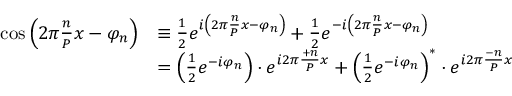
{ \begin{array} { r l } { \cos \left( 2 \pi { \frac { n } { P } } x - \varphi _ { n } \right) } & { \equiv { \frac { 1 } { 2 } } e ^ { i \left( 2 \pi { \frac { n } { P } } x - \varphi _ { n } \right) } + { \frac { 1 } { 2 } } e ^ { - i \left( 2 \pi { \frac { n } { P } } x - \varphi _ { n } \right) } } \\ & { = \left( { \frac { 1 } { 2 } } e ^ { - i \varphi _ { n } } \right) \cdot e ^ { i 2 \pi { \frac { + n } { P } } x } + \left( { \frac { 1 } { 2 } } e ^ { - i \varphi _ { n } } \right) ^ { * } \cdot e ^ { i 2 \pi { \frac { - n } { P } } x } } \end{array} }